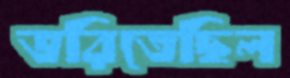
ভরিতেছিল